Medical and sanitary report of the native army of Madras for the year
Year: 1872
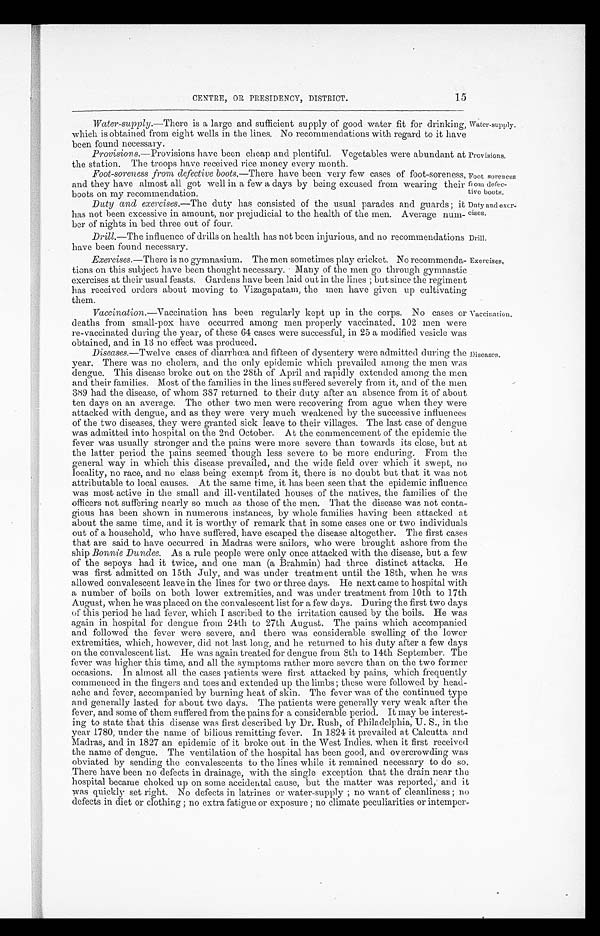
Water-supply.
Provisions.
Foot soreness
from defec
-tive boots.
Duty and exer-
cises.
Drill.
Exercises.
CENTRE, OR PRESIDENCY, DISTRICT.
15
Water-supply .—There is a large and sufficient supply of good water fit for drinking,
which is obtained from eight wells in the lines. No recommendations with regard to it have
been found necessary.
Provisions .—Provisions have been cheap and plentiful. Vegetables were abundant at
the station. The troops have received rice money every month.
Foot-soreness from defective boots .—There have been very few cases of foot-soreness,
and they have almost all got well in a few a days by being excused from wearing their
boots on my recommendation.
Duty and exercises .—The duty has consisted of the usual parades and guards; it
has not been excessive in amount, nor prejudicial to the health of the men. Average num
-ber of nights in bed three out of four.
Drill .—The influence of drills on health has not been injurious, and no recommendations
have been found necessary.
Exercises .—There is no gymnasium. The men sometimes play cricket. No recommenda
-tions on this subject have been thought necessary. Many of the men go through gymnastic
exercises at their usual feasts. Gardens have been laid out in the lines ; but since the regiment
has received orders about moving to Vizagapatam, the men have given up cultivating
them.
Vaccination .—Vaccination has been regularly kept up in the corps. No cases or
deaths from small-pox have occurred among men properly vaccinated, 102 men were
re-vaccinated during the year, of these 64 cases were successful, in 25 a modified vesicle was
obtained, and in 13 no effect was produced.
Diseases.—Twelve cases of diarrhœa and fifteen of dysentery were admitted during the
year. There was no cholera, and the only epidemic which prevailed among the men was
dengue. This disease broke out on the 28th of April and rapidly extended among the men
and their families. Most of the families in the lines suffered severely from it, and of the men
389 had the disease, of whom 387 returned to their duty after an absence from it of about
ten days on an average. The other two men were recovering from ague when they were
attacked with dengue, and as they were very much weakened by the successive influences
of the two diseases, they were granted sick leave to their villages. The last case of dengue
was admitted into hospital on the 2nd October. At the connnencement of the epidemic the
fever was usually stronger and the pains were more severe than towards its close, but at
the latter period the pains seemed though less severe to be more enduring. From the
general way in which this disease prevailed, and the wide field over which it swept, no
locality, no race, and no class being exempt from it, there is no doubt but that it was not
attributable to local causes. At the same time, it has been seen that the epidemic influence
was most active in the small and ill-ventilated houses of the natives, the families of the
officers not suffering nearly so much as those of the men. That the disease was not conta
-gious has been shown in numerous instances, by whole families having been attacked at
about the same time, and it is worthy of remark that in some cases one or two individuals
out of a household, who have suffered, have escaped the disease altogether. The first cases
that are said to have occurred in Madras were sailors, who were brought ashore from the
ship Bonnie Dundee. As a rule people were only once attacked with the disease, but a few
of the sepoys had it twice, and one man (a Brahmin) had three distinct attacks. He
was first admitted on 15th July, and was under treatment until the 18th, when he was
allowed convalescent leave in the lines for two or three days. He next came to hospital with
a number of boils on both lower extremities, and was under treatment from 10th to 17th
August, when he was placed on the convalescent list for a few days. During the first two days
of this period he had fever, which I ascribed to the irritation caused by the boils. He was
again in hospital for dengue from 24th to 27th August. The pains which accompanied
and followed the fever were severe, and there was considerable swelling of the lower
extremities, which, however, did not last long, and he returned to his duty after a few days
on the convalescent list. He was again treated for dengue from 8th to 14th September. The
fever was higher this time, and all the symptoms rather more severe than on the two former
occasions. In almost all the cases patients were first attacked by pains, which frequently
commenced in the fingers and toes and extended up the limbs ; these were followed by head
-ache and fever, accompanied by burning heat of skin. The fever was of the continued type
and generally lasted for about two days. The patients were generally very weak after the
fever, and some of them suffered from the pains for a considerable period. It may be interest
-ing to state that this disease was first described by Dr. Rush, of Philadelphia, U. S., in the
year 1780, under the name of bilious remitting fever. In 1824 it prevailed at Calcutta and
Madras, and in 1827 an epidemic of it broke out in the West Indies, when it first received
the name of dengue. The ventilation of the hospital has been good, and overcrowding was
obviated by sending the convalescents to the lines while it remained necessary to do so.
There have been no defects in drainage, with the single exception that the drain near the
hospital became choked up on some accidental cause, but the matter was reported, and it
was quickly set right. No defects in latrines or water-supply ; no want of cleanliness ; no
defects in diet or clothing ; no extra fatigue or exposure ; no climate peculiarities or intemper-
Vaccination.
Diseases.